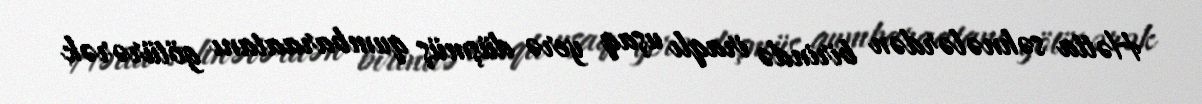
Hətta səhnələrdən birində iraqlı uşaq yerə düşmüş qumbaraatanı götürərək